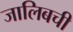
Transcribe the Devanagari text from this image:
जालिबची